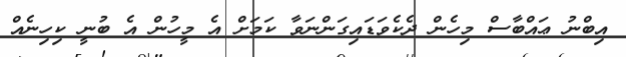
އިބްނު ޢައްބާސް މިހެން ދެކެވަޑައިގަންނަވާ ކަމަށް އެ މީހުން އެ ބުނީ ކިހިނެއް